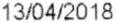
13/04/2018